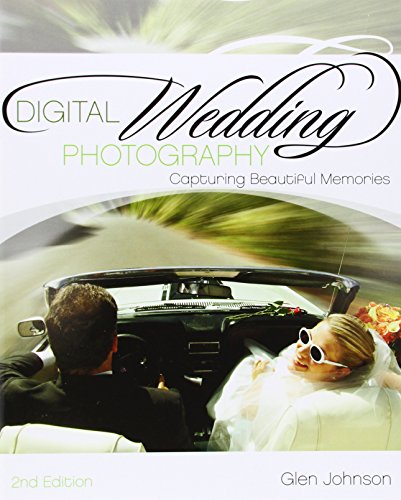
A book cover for Digital Wedding Photography: Capturing Beautiful Memories; Glen Johnson; Crafts, Hobbies & Home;